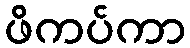
ဖိကပ်ကာ